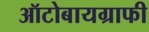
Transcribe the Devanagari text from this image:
ऑटोबायग्राफी